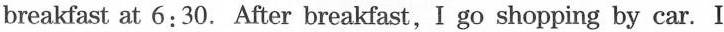
breakfast at 6:30. After breakfast,I go shopping by car. I